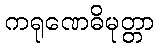
ကရုဏေဓိမုတ္တာ